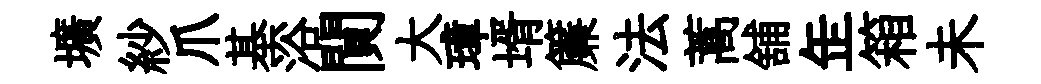
壙紗爪基浴閴大璋壻簾法蒿舖𦈢箱未